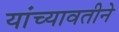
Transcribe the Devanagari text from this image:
यांच्यावतीने